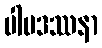
ပါပဒဿနာ